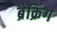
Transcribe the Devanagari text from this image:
ब्रेक्रिंग